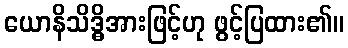
ယောနိသိဒ္ဓိအားဖြင့်ဟု ဖွင့်ပြထား၏။